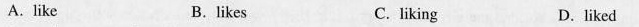
A.like B.likes C.liking D. liked